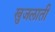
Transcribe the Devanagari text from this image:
खुजलाती